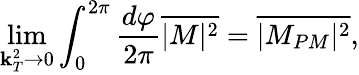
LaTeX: \operatorname*{lim}_{{{\mathbf k}_{T}^{2}\to 0}}\int_{0}^{2\pi}\frac{d\varphi}{2\pi}\overline{{{|M|^{2}}}}=\overline{{{|M_{PM}|^{2}}}}\mathrm{,}